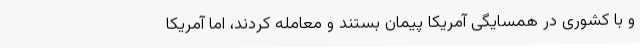
و با کشوری در همسایگی آمریکا پیمان بستند و معامله کردند، اما آمریکا